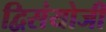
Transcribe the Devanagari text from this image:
द्विसंयोजी